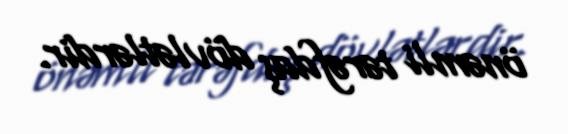
önəmli tərəfdaş dövlətlərdir.